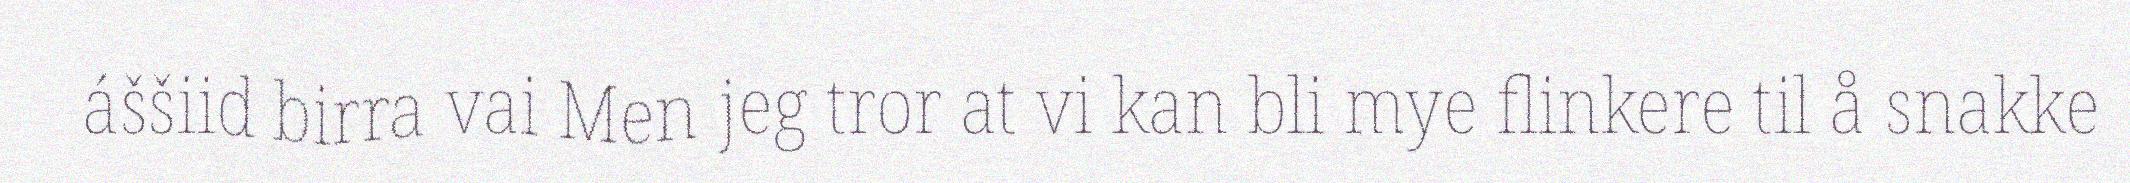
áššiid birra vai Men jeg tror at vi kan bli mye flinkere til å snakke